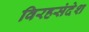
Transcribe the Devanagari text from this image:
विरहसंदेश